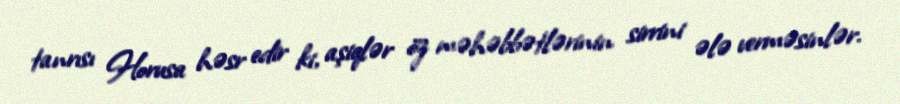
tanrısı Horusa həsr edir ki, aşiqlər öz məhəbbətlərinin sirrini ələ verməsinlər.